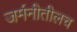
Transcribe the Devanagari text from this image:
जर्मनीतीलच